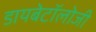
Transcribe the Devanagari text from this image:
डायबेटॉलोजी